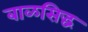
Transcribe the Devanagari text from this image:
बाळसिद्ध